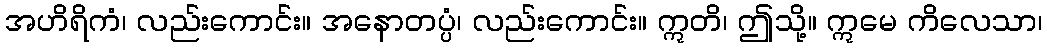
အဟိရိကံ၊ လည်းကောင်း။ အနောတပ္ပံ၊ လည်းကောင်း။ ဣတိ၊ ဤသို့။ ဣမေ ကိလေသာ၊